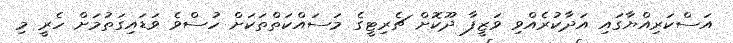
އަސްކަރިއްޔާގައި އަދާކުރެއްވި ވަޒީފާ ދޫކޮށް ޗެރިޓީގެ މަސައްކަތްތަކަށް ހުސްވެ ވަޑައިގަތުމަށް ހެރީ މި